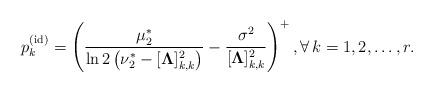
LaTeX: \begin{align*}p_k^{(\rm id)} = \left(\frac{\mu_2^*}{\ln2\left(\nu_2^*-[\boldsymbol{\Lambda}]_{k,k}^2\right)} -\frac{\sigma^2}{[\boldsymbol{\Lambda}]_{k,k}^2}\right)^+,\forall\, k=1,2,\ldots,r.\end{align*}